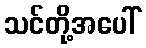
သင်တို့အပေါ်